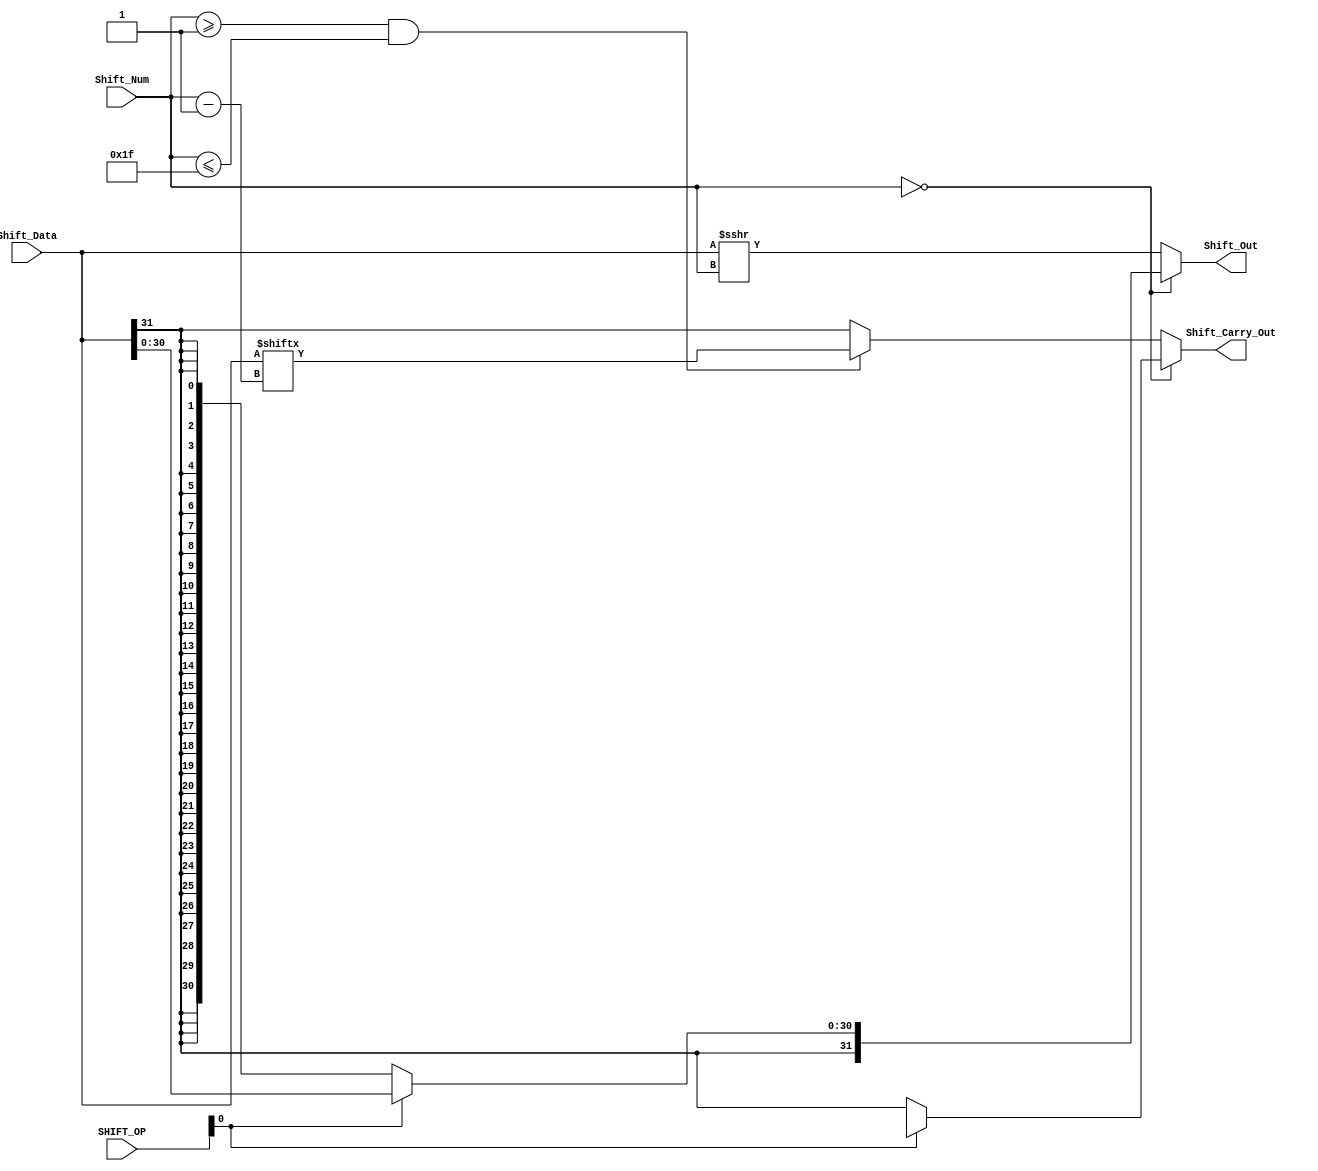
module arithmetic_shift_right(SHIFT_OP, Shift_Data, Shift_Num, Shift_Out,
Shift_Carry_Out);//
    input [3:1] SHIFT_OP;
    input [32:1] Shift_Data;
    input [8:1] Shift_Num;
    output reg [32:1] Shift_Out;
    output reg Shift_Carry_Out;
    always@(*)
        begin
            if(Shift_Num == 0)
                if(SHIFT_OP[1])
                    begin
                        Shift_Out = Shift_Data;
                        Shift_Carry_Out = 1'bx;
                    end
                else//Shift_NumShift_OP[1]032
                    begin
                        Shift_Out = ($signed(Shift_Data)) >>> 32;//
                        Shift_Carry_Out = Shift_Data[32];
                    end
            else if(Shift_Num >= 1 && Shift_Num <= 31)
                begin
                    Shift_Out <= ( ($signed(Shift_Data)) >>> Shift_Num[8:1]);
                    Shift_Carry_Out = Shift_Data[Shift_Num];
                end
            else
                begin
                    Shift_Out <= ( ($signed(Shift_Data)) >>> Shift_Num[8:1]);
                    Shift_Carry_Out = Shift_Data[32];
                end
        end
endmodule